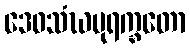
ဒေဝသံဃပုရက္ခတော